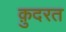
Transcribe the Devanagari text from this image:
क़़ुदरत